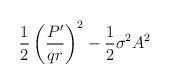
LaTeX: \begin{align*}\frac{1}{2}\left(\frac{P'}{q r}\right)^2 - \frac{1}{2}\sigma^2 A^2\end{align*}